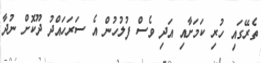
ތެރޭގައި ހުރި ކަމަށާއި އަދި ވެސް ފުލުހުން އެ ސަރަހައްދު ދޫކޮށް ނުދާ